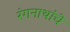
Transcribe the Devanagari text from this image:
रंगनाथांचे